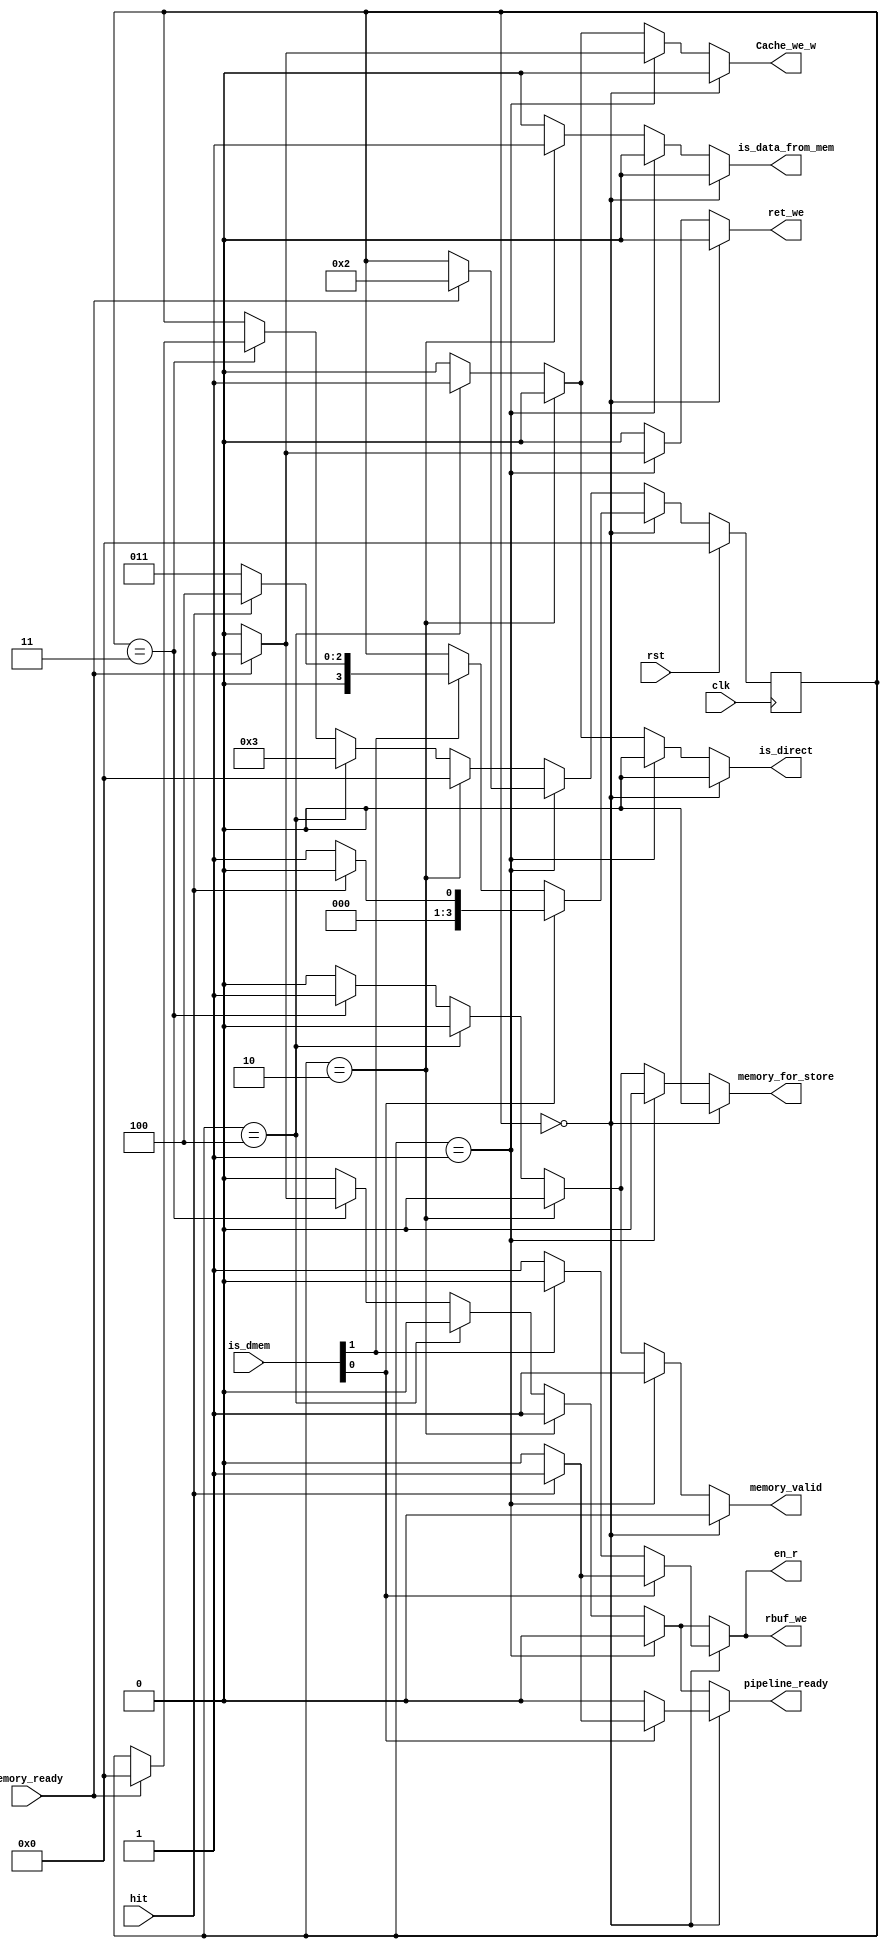
module DCache_FSM(  
    input clk, rst,
    input hit,
    input [1:0] is_dmem,
    input memory_ready,

    output reg rbuf_we = 0,
    output reg en_r = 0,
    output reg ret_we = 0,
    output reg pipeline_ready = 0,
    output reg Cache_we_w = 0,
    output reg is_data_from_mem = 0,
    output reg is_direct = 0,
    output reg memory_valid = 0,
    output reg memory_for_store = 0
    );

    wire is_load, is_store;
    assign {is_store, is_load} = is_dmem;

    parameter NEW = 0;
    parameter LOAD = 1;
    parameter WRITE = 2;
    parameter STORE = 3;
    parameter DIRECT = 4;

    reg [3:0] curr_state = NEW;
    reg [3:0] next_state = NEW;

    always@(posedge clk)
    begin
        if(rst)
            curr_state <= NEW;
        else
            curr_state <= next_state;
    end

    always@(*)
    begin
        rbuf_we = 0;
        en_r = 0;
        ret_we = 0;
        pipeline_ready = 0;
        Cache_we_w = 0;
        is_data_from_mem = 0;
        is_direct = 0;
        memory_valid = 0;
        memory_for_store = 0;
        next_state = curr_state;
        if(curr_state == NEW)
        begin
            if(is_load)
            begin
                if(~hit)
                    next_state = LOAD;
                else
                begin
                    rbuf_we = 1;
                    en_r = 1;
                    pipeline_ready = 1;
                    next_state = NEW;
                end
            end
            else if(is_store)
            begin
                if(hit)
                    next_state = DIRECT;
                else
                    next_state = STORE;
            end
            else 
            begin
                rbuf_we = 1;
                en_r = 1;
            end
        end
        else if(curr_state == LOAD)
        begin
            memory_valid = 1;
            if(memory_ready)
            begin
                ret_we = 1;
                Cache_we_w = 1;
                next_state = WRITE;
            end
        end
        else if(curr_state == WRITE)
        begin
            is_data_from_mem = 1;
            pipeline_ready = 1;
            rbuf_we = 1;
            en_r = 1;
            next_state = NEW;
        end
        else if(curr_state == DIRECT)
        begin
            is_direct = 1;
            Cache_we_w = 1;
            next_state = STORE;
        end
        else if(curr_state == STORE)
        begin
            memory_valid = 1;
            memory_for_store = 1;
            if(memory_ready)
            begin
                rbuf_we = 1;
                en_r = 1;
                pipeline_ready = 1;
                next_state = NEW;
            end
        end
    end

endmodule